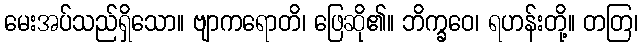
မေးအပ်သည်ရှိသော။ ဗျာကရောတိ၊ ဖြေဆို၏။ ဘိက္ခဝေ၊ ရဟန်းတို့။ တတြ၊